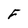
Character: F